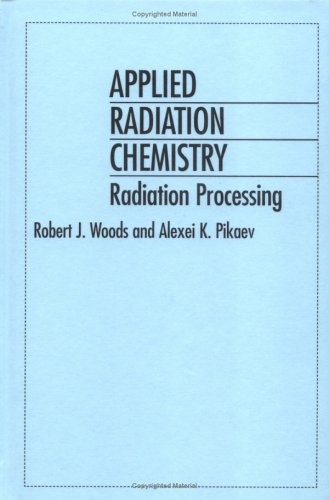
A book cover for Applied Radiation Chemistry: Radiation Processing; Robert J. Woods; Science & Math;